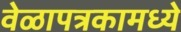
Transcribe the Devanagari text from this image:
वेळापत्रकामध्ये